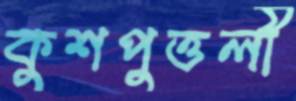
কুশপুত্তলী